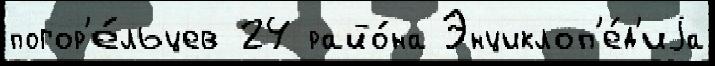
погор'е́льцев 24 райо́на Энциклоп'е́д'иjа